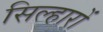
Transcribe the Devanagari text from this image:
सिल्हारों